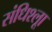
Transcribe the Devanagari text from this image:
संधिश्लूा